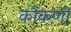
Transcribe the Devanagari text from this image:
कौकणी